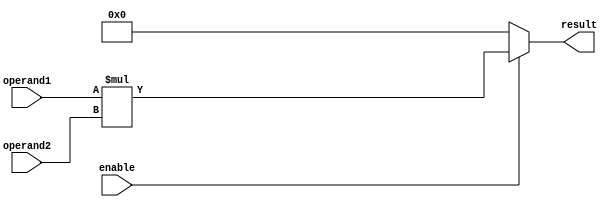
module multiplier(
    input [7:0] operand1,
    input [7:0] operand2,
    input enable,
    output reg [15:0] result
);

always @(*) begin
    if(enable) begin
        result = operand1 * operand2;
    end else begin
        result = 16'b0;
    end
end

endmodule